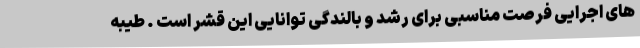
های اجرایی فرصت مناسبی برای رشد و بالندگی توانایی این قشر است . طیبه